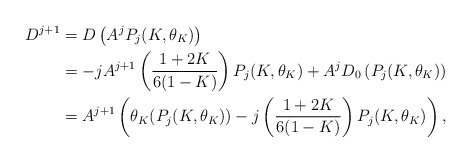
\begin{align*} D^{j+1} &= D\left(A^jP_j(K,\theta_K)\right)\\&=-jA^{j+1}\left(\frac{1+2K}{6(1-K)}\right)P_j(K,\theta_K) + A^{j}D_0\left(P_j(K,\theta_K)\right)\\&= A^{j+1}\left(\theta_K(P_j(K,\theta_K)) - j\left(\frac{1+2K}{6(1-K)}\right)P_j(K,\theta_K) \right),\end{align*}